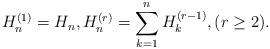
LaTeX: \begin{align*}H_{n}^{(1)}=H_{n},H_{n}^{(r)}=\sum_{k=1}^{n}H_{k}^{(r-1)},(r\ge 2).\end{align*}